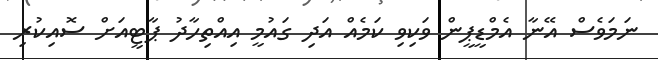
ނަމަވެސް އޭނާ އެމްޑީޕީން ވަކިވި ކަމެއް އަދި ގައުމީ އިއްތިހާދު ޕާޓީއަށް ސޮއިކުރި